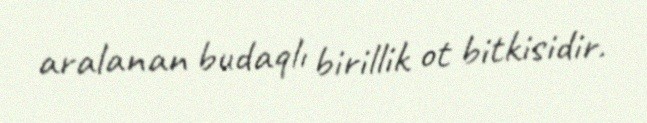
aralanan budaqlı birillik ot bitkisidir.